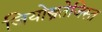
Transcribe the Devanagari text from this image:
जियोस्त्रतेजिस्त